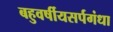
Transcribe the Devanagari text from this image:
बहुवर्षीयसर्पगंधा